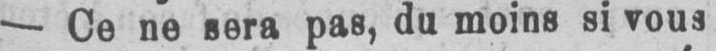
- Ce ne sera pas, du moins si vous